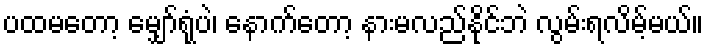
ပထမတော့ မျှော်ရုံပဲ၊ နောက်တော့ နားမလည်နိုင်ဘဲ လွမ်းရလိမ့်မယ်။